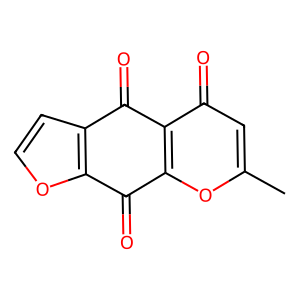
SMILES: Cc1cc(=O)c2c(o1)C(=O)c1occc1C2=O
Inhibits HIV replication: No